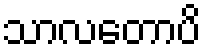
သာလတောပိ